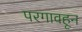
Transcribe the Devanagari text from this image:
परगावहून